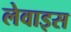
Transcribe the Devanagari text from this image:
लेवाइस